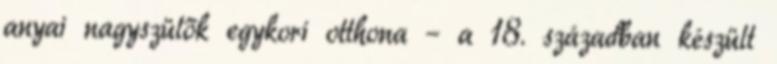
anyai nagyszülők egykori otthona – a 18. században készült